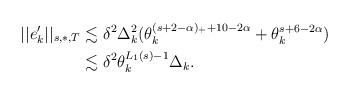
LaTeX: \begin{align*}||e'_k||_{s,\ast,T}&\lesssim \delta^2\Delta^2_k(\theta^{(s+2-\alpha)_++10-2\alpha}_k+\theta^{s+6-2\alpha}_k)\\&\lesssim \delta^2\theta^{L_1(s)-1}_k\Delta_k.\end{align*}